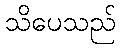
သိပေသည်